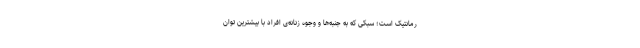
رمانتیک است؛ سبکی که به جنبه‌ها و وجوه زنانه‌ی افراد با بیشترین توان